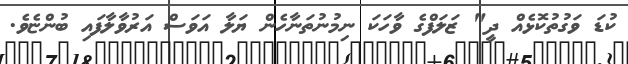
ކުޑަ ވަގުތުކޮޅެއް ދީ" ޒަލަފްގެ ވާހަކަ ނިމުނުތަނާހެން ޔަލާ އަވަސް އަރުވާލާފައި ބުންޏެވެ.